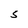
Character: S